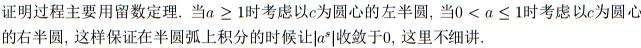
证明过程主要用留数定理. 当$a \geq 1$时考虑以$c$为圆心的左半圆，当$0 < a \leq 1$时考虑以$c$为圆心的右半圆，这样保证在半圆弧上积分的时候让$|e^{st}|$收敛于$0$，这里不细讲.